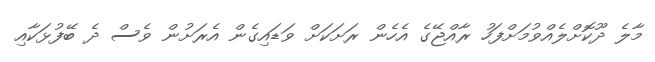
މާލެ ދޫކޮށްލެއްވުމަށްފަހު ރާއްޖޭގެ އެހެން ރަށަކަށް ވަޑައިގެން އެރަށުން ވެސް ދެ ބޭފުޅަކާއި